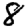
Digit: 8